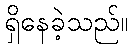
ရှိနေခဲ့သည်။